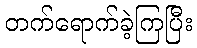
တက်ရောက်ခဲ့ကြပြီး